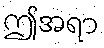
ဤအရာ